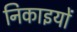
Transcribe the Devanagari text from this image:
निकाइयों